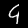
Label: 9